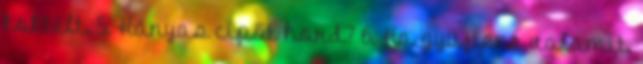
koktélt. 5. Hányas cipőt hord? 6. Ha gyűjtene valamit,